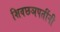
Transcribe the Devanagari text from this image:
शिवछञपतींनी